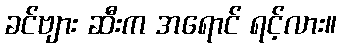
ခင်ဗျား ဆီးက အရောင် ရင့်လား။